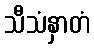
သီသံနှာတံ